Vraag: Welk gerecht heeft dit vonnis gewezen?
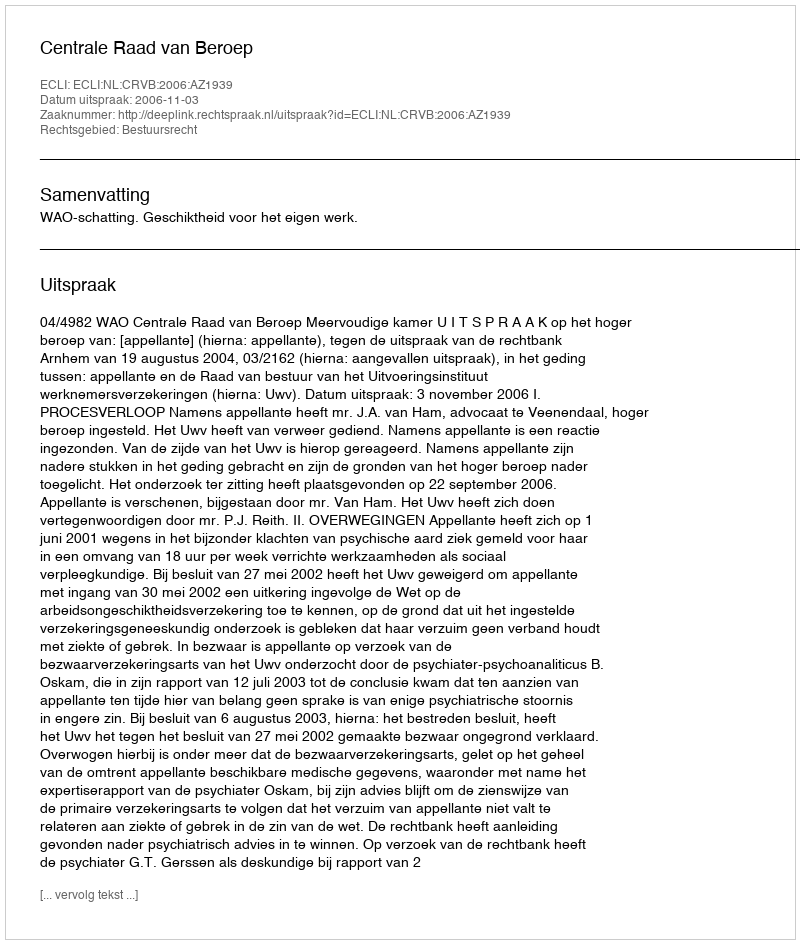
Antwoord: Centrale Raad van Beroep